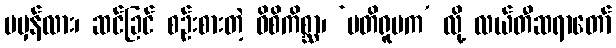
မမှန်လား၊ ဆင်ခြင် စဉ်းစားတဲ့ ဝိစိကိစ္ဆာ၊ ‘ပတိရူပက’ လို့ လယ်တီဆရာတော်